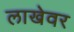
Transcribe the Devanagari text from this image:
लाखेवर